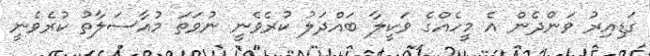
ގަޑިއިރު ވަންދެން އެ މީހެއްގެ ވަކީލާ ބައްދަލު ކުރެވެނީ ނުވަތަ މުއާސަލާތު ކުރެވެނީ